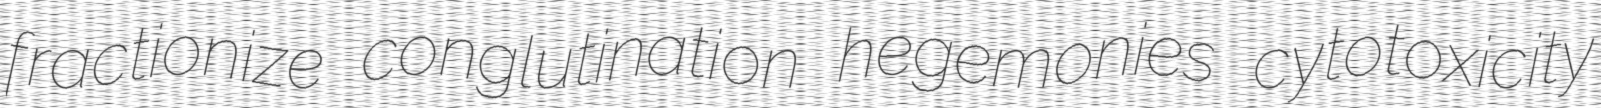
fractionize conglutination hegemonies cytotoxicity